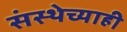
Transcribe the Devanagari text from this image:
संस्थेच्याही